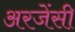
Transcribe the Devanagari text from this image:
अरजेंसी